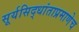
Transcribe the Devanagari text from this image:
सूर्यसिद्धांताप्रमाणेच